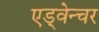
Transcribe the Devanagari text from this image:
एड्वेन्चर